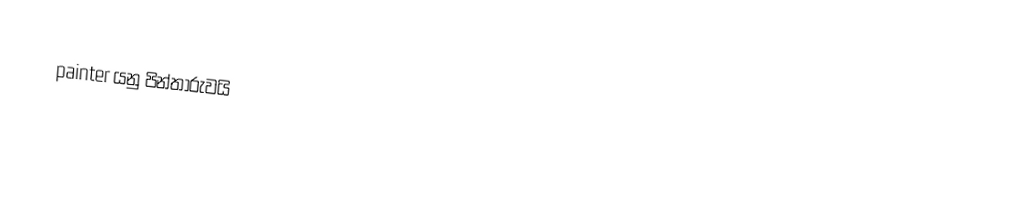
painter යනු පින්තාරුවයි